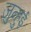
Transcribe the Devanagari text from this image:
जुन्हुई